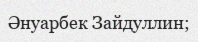
Әнуарбек Зайдуллин;